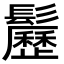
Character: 𩯺